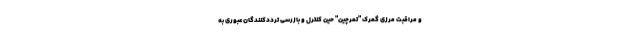
و مراقبت مرزی گمرک "تمرچین" حین کنترل و بازرسی ترددکنندگان عبوری به